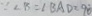
\because \angle B = \angle B A D = 9 0 ^ { \circ }